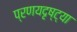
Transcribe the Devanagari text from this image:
प्रणयदृष्ट्या